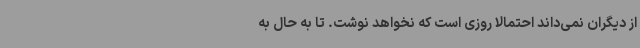
از دیگران نمی‌داند احتمالاً روزی‌ است که نخواهد نوشت. تا به حال به